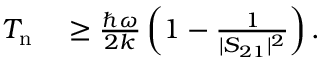
\begin{array} { r l } { T _ { \mathrm { n } } } & { { } \ge \frac { \hbar \omega } { 2 k } \left( 1 - \frac { 1 } { | S _ { 2 1 } | ^ { 2 } } \right) . } \end{array}